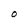
Character: O